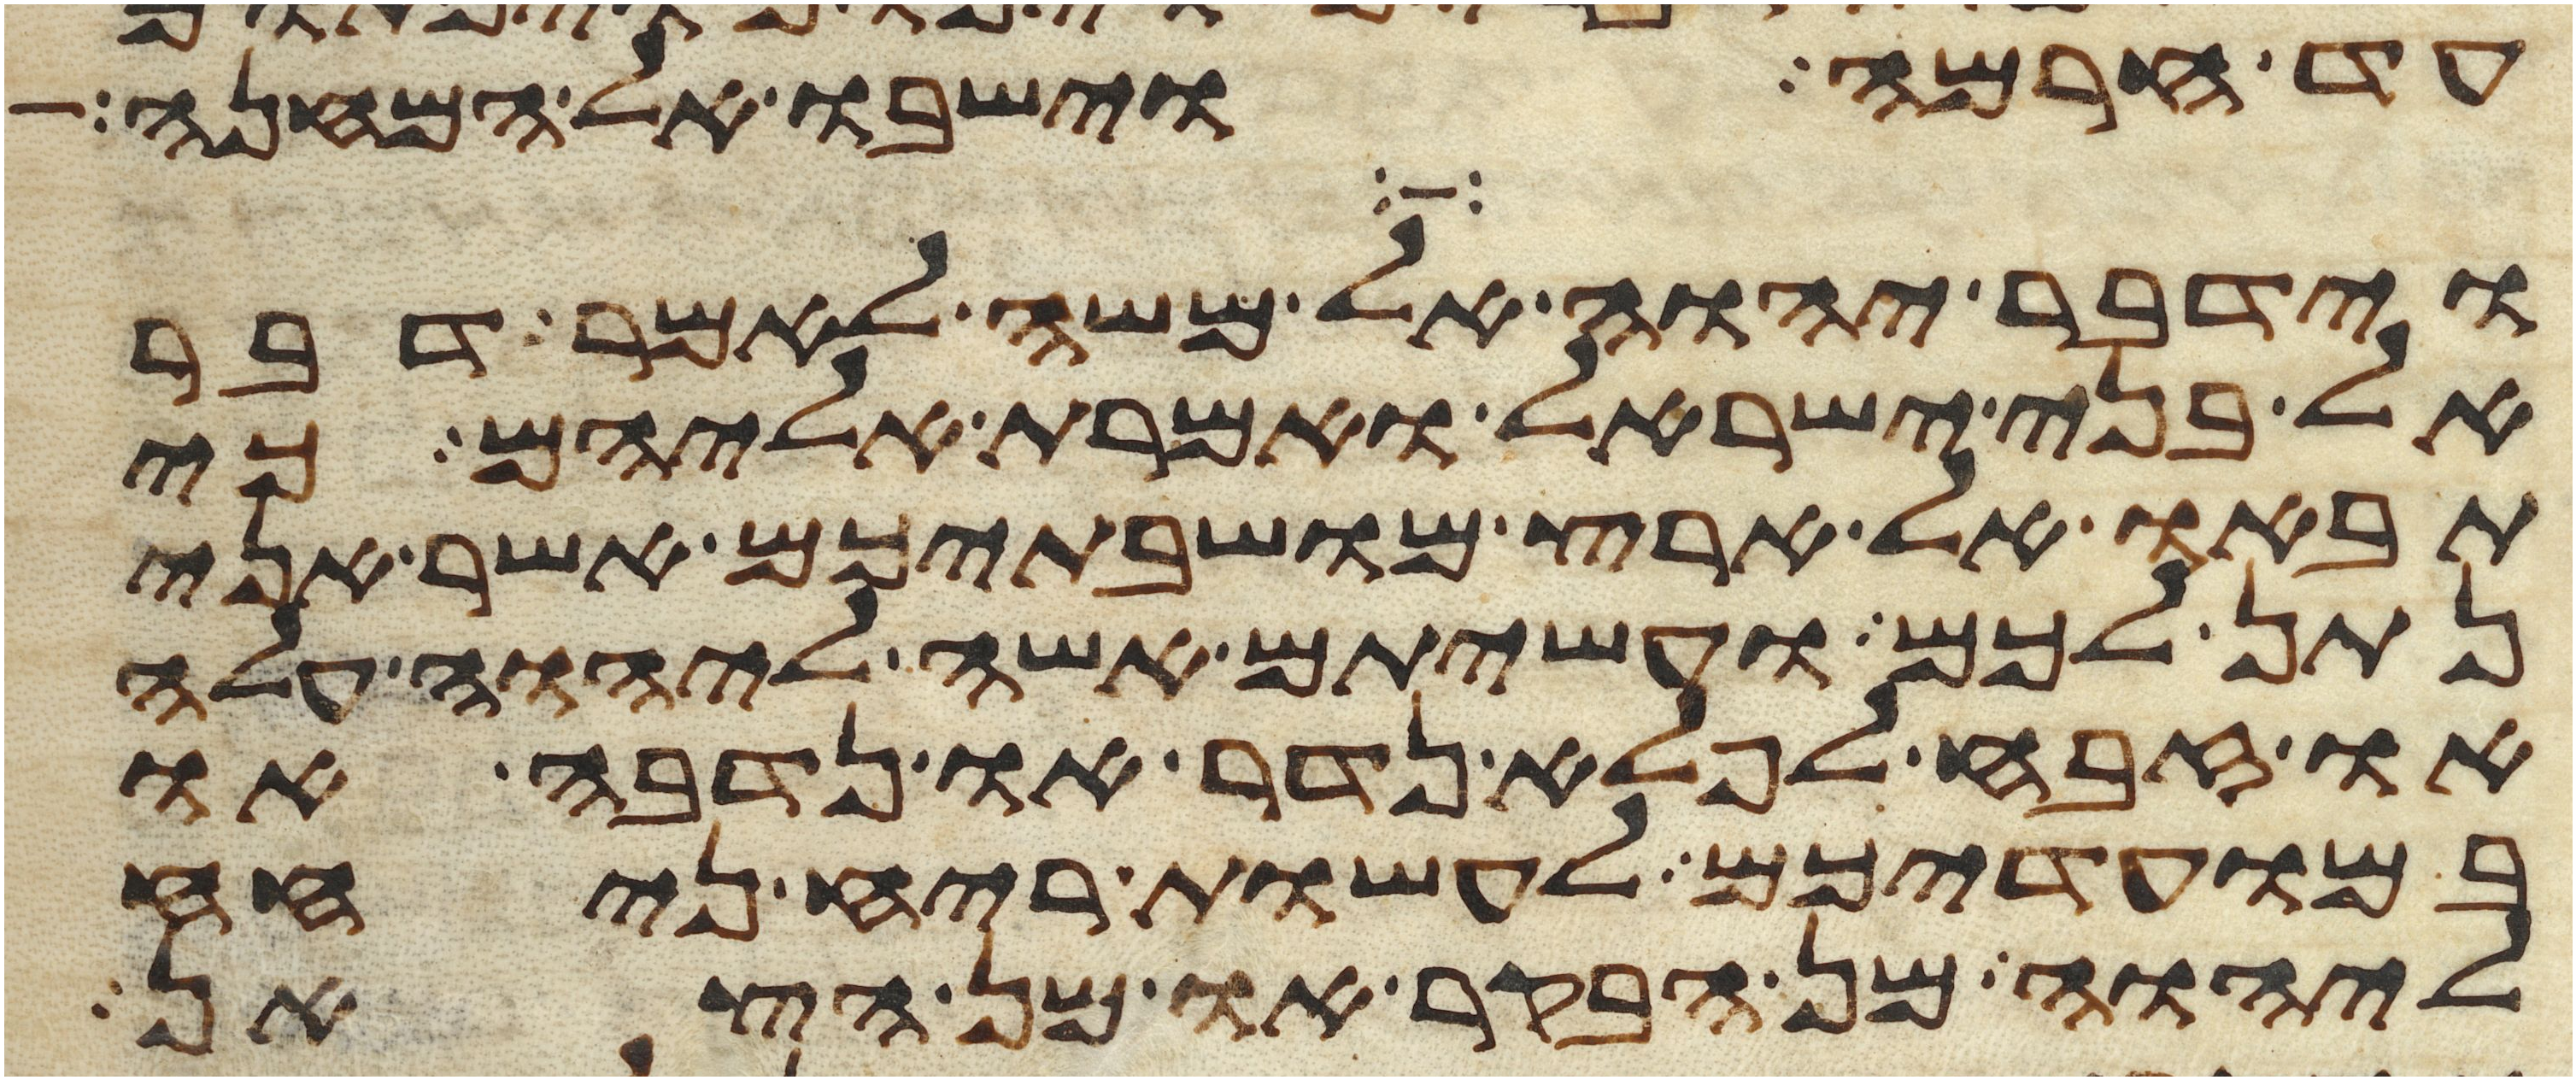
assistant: עד חרמה וישבו אל המחנה
וידבר יהוה אל משה לאמר דבר
אל בני ישראל ואמרת אליהם כי
תבאו אל ארץ מושבתיכם אשר אני
נתן לכם ועשיתם אשה ליהוה עלה
או זבח לפלא נדר או נדבה או
במועדיכם לעשות ריח ניחח
ליהוה מן הבקר או מן הצאן